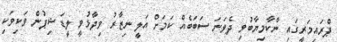
ޕްރައިމަރީގައި ނާކާމިޔާބުވި ދެވަނަ ސަބަބެއް ކަމަށް އަލީ ނިޒާރު ވިދާޅުވީ ލީޑަޝިޕުން ވަކިވަކި